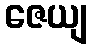
ဇေယျ